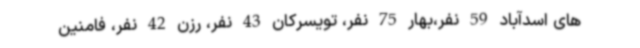
های اسدآباد 59 نفر،بهار 75 نفر، تویسرکان 43 نفر، رزن 42 نفر، فامنین